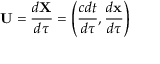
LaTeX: { \boldsymbol { \mathbf { U } } } = { \frac { d { \boldsymbol { \mathbf { X } } } } { d \tau } } = \left( { \frac { c d t } { d \tau } } , { \frac { d \mathbf { x } } { d \tau } } \right)